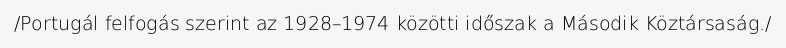
/Portugál felfogás szerint az 1928–1974 közötti időszak a Második Köztársaság./